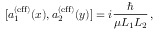
[ a _ { 1 } ^ { ( \mathrm { e f f } ) } ( x ) , a _ { 2 } ^ { ( \mathrm { e f f } ) } ( y ) ] = i { \frac { \hbar } { \mu L _ { 1 } L _ { 2 } } } \, ,